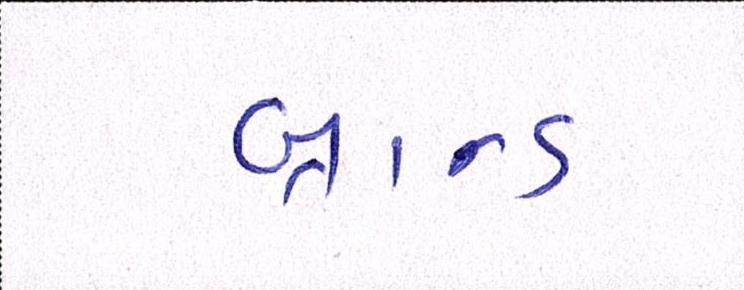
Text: બ્રાન્ડ